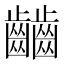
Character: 𪙹